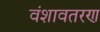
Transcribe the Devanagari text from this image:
वंशावतरण